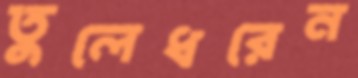
তুলেধরেন